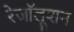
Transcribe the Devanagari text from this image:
रेजॉलूशन